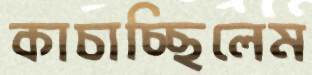
কাচাচ্ছিলেম